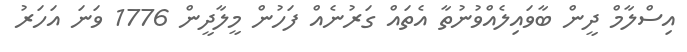
އިސްލާމް ދީން ބާވައިލެއްވުނުތާ އެތައް ގަރުނެއް ފަހުން މީލާދީން 1776 ވަނަ އަހަރު